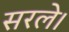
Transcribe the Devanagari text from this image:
सरले।